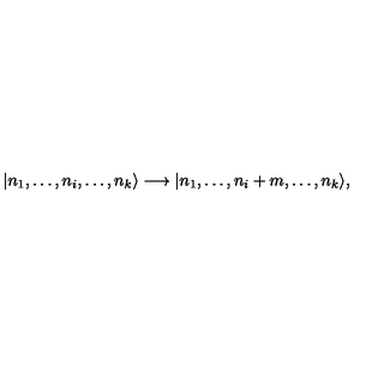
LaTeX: | n _ { 1 } , \dots , n _ { i } , \dots , n _ { k } \rangle \longrightarrow | n _ { 1 } , \dots , n _ { i } + m , \dots , n _ { k } \rangle ,